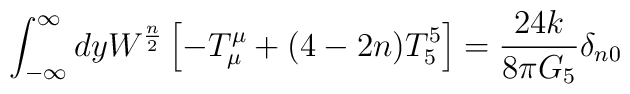
\int_{-\infty}^{\infty} dy W^{\frac{n}{2}}\left[ -T^{\mu}_{\mu} + (4 - 2 n) T^5_5 \right] =\frac{24 k}{8 \pi G_5} \delta_{n 0}